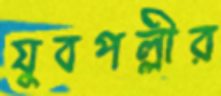
যুবপল্লীর